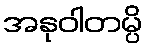
အနုဝါတမ္ပိ